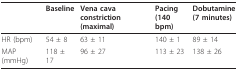
|  | Baseline | Vena cava constriction(maximal) | Pacing(140 bpm) | Dobutamine(7 minutes) |
 | --- | --- | --- | --- | --- |
 | HR (bpm) | 54 ± 8 | 63 ± 11 | 140 ± 1 | 89 ± 14 |
 | MAP (mmHg) | 118 ± 17 | 96 ± 27 | 113 ± 23 | 138 ± 26 |